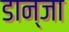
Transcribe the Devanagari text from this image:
डान्जा